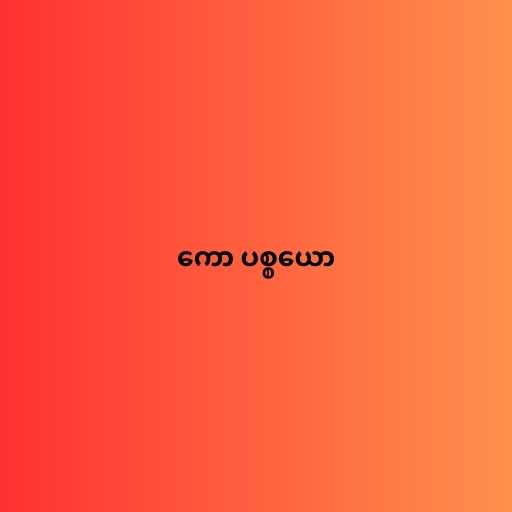
ကော ပစ္စယော